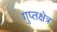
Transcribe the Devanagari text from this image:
गुप्तक्षेत्र